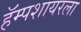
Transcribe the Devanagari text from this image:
हॅम्पशायरला